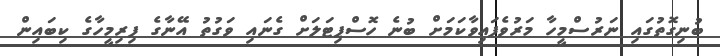
ބުނިގޮތުގައި ނަރުސްމީހާ މަރުވެފައިވާކަމަށް ބުނެ ހޮސްޕިޓަލަށް ގެނައި ވަގުތު އޭނާގެ ފިރިމީހާގެ ކިބައިން